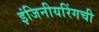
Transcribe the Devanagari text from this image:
इंजिनीयरिंगची